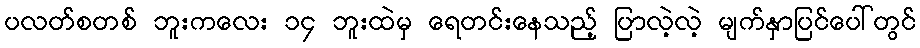
ပလတ်စတစ် ဘူးကလေး ၁၄ ဘူးထဲမှ ရေတင်းနေသည့် ပြာလဲ့လဲ့ မျက်နှာပြင်ပေါ်တွင်